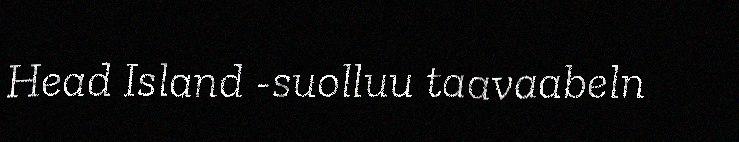
Head Island -suolluu taavaabeln